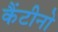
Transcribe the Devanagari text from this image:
कैंटीनो